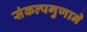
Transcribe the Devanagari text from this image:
संकल्पगुणाने